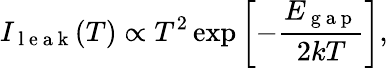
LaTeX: I_{\mathrm{~l~e~a~k~}}(T)\propto T^{2}\exp\left[-\frac{E_{\mathrm{~g~a~p~}}}{2kT}\right],